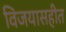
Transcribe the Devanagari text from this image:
विजयासहीत